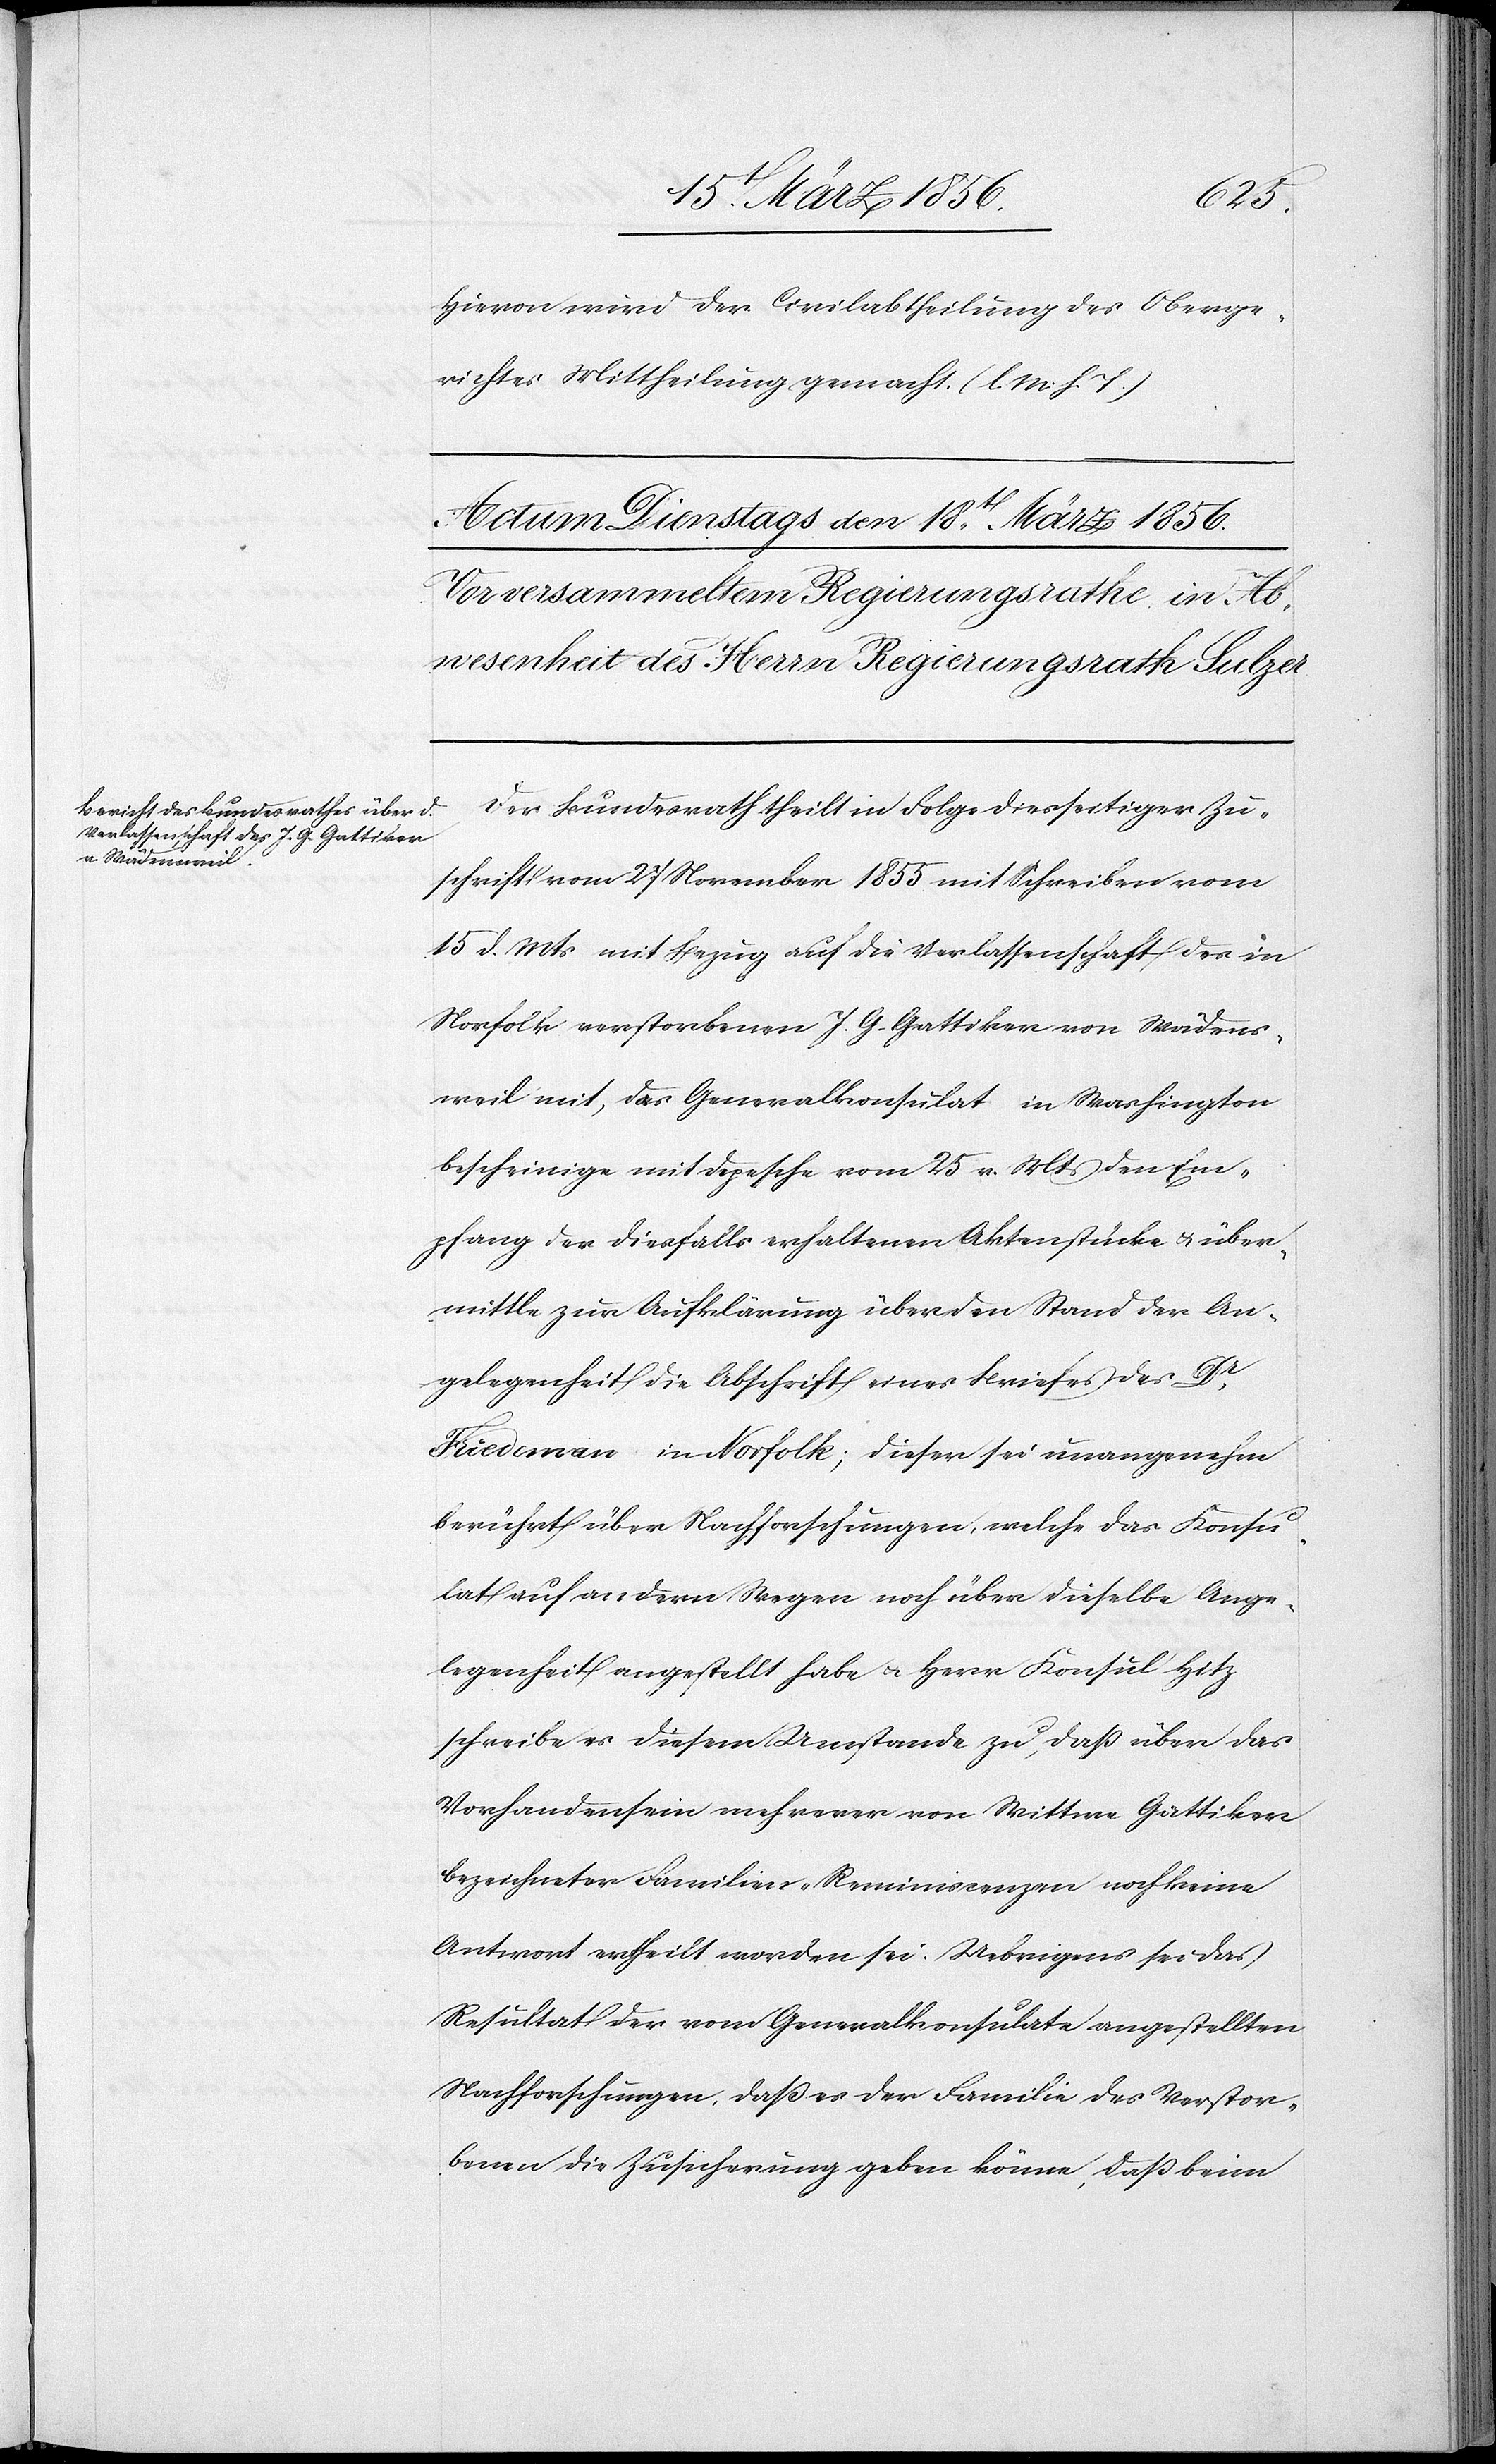
Hievon wird der Civilabtheilung des Oberge¬
richtes Mittheilung gemacht. (l. M. h. T.)
Der Bundesrath theilt in Folge diesseitiger Zu¬
schrift vom 27 November 1855 mit Schreiben vom
15 d. Mts mit Bezug auf die Verlassenschaft des in
Norfolk verstorbenen J. G. Gattiker von Wädens¬
weil mit, das Generalkonsulat in Washington
bescheinige mit Depesche vom 25 v. Mts den Em¬
pfang der diesfalls erhaltenen Aktenstücke & über¬
mittle zur Aufklärung über den Stand der An¬
gelegenheit die Abschrift eines Briefes des Dr
Friedeman in Norfolk; dieser sei unangenehm
berührt über Nachforschungen, welche das Konsu¬
lat auf andern Wegen noch über dieselbe Ange¬
legenheit angestellt habe u. Herr Konsul Hitz
schreibe es diesem Umstande zu, daß über das
Vorhandensein mehrerer von Wittwe Gattiker
bezeichneter Familien-Reminiscenzen noch keine
Antwort ertheilt worden sei. Uebrigens sei das
Resultat der vom Generalkonsulate angestellten
Nachforschungen, daß es der Familie des Verstor¬
benen die Zusicherung geben könne, daß beim